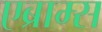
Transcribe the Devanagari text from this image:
एब्राम्‍स